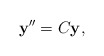
\begin{align*}\mathbf{y}^{\prime\prime}=C\mathbf{y},\end{align*}